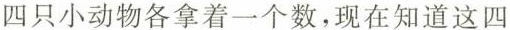
四只小动物各拿着一个数，现在知道这四